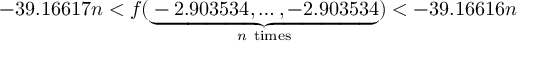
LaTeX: - 3 9 . 1 6 6 1 7 n < f ( \underbrace { - 2 . 9 0 3 5 3 4 , \ldots , - 2 . 9 0 3 5 3 4 } _ { n { \mathrm { ~ t i m e s } } } ) < - 3 9 . 1 6 6 1 6 n